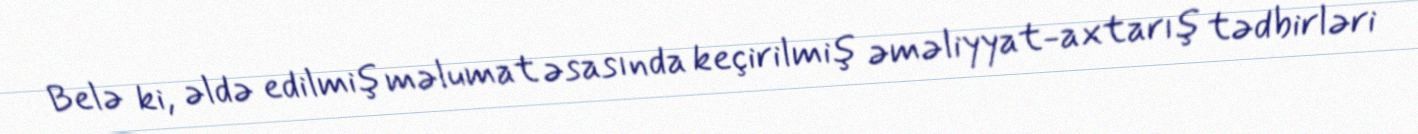
Belə ki, əldə edilmiş məlumat əsasında keçirilmiş əməliyyat-axtarış tədbirləri